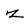
Character: z